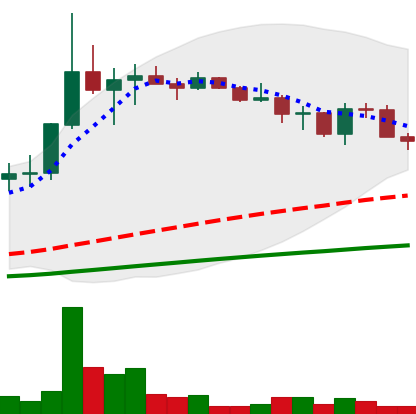
Ticker: LINK-USD
Chart end date: 2019-07-15
Forward return: -3.073%
Label: down_3_5